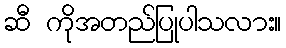
ဆီ ကိုအတည်ပြုပါသလား။